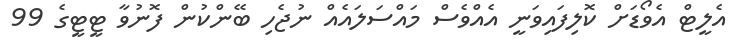
އެލީޓް އެވޯޑަށް ކޮލިފައިވަނީ އެއްވެސް މައްސަލައެއް ނުޖެހި ބޭންކުން ފޮނުވާ ޓީޓީގެ 99